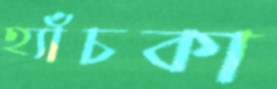
হ্যাঁচকা